Source: Computer-generated
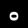
Digit: ၀ (0)